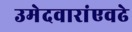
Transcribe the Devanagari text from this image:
उमेदवारांएवढे